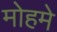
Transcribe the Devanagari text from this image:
मोहमे